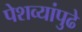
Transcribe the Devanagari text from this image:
पेशव्यांपुढे